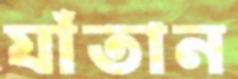
যাঁতান